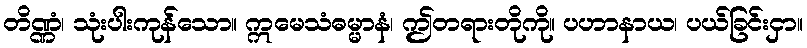
တိဏ္ဏံ၊ သုံးပါးကုန်သော။ ဣမေသံဓမ္မာနံ၊ ဤတရားတိုကို။ ပဟာနာယ၊ ပယ်ခြင်းငှာ။